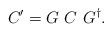
LaTeX: \begin{align*} C' = G~C~G^{\dagger} .\end{align*}